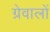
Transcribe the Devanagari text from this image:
ग्रेवालों